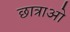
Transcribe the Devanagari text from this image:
छात्राओ